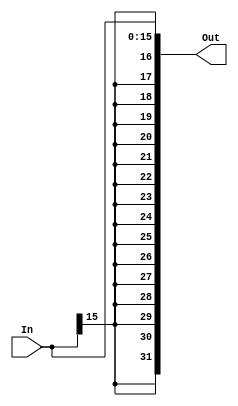
`timescale 1ns / 1ps
//////////////////////////////////////////////////////////////////////////////////
// Company: 
// Engineer: 
// 
// Design Name: 
// Module Name: sign_extend
// Project Name: 
// Target Devices: 
// Tool Versions: 
// Description: 
// 
// Dependencies: 
// 
// Revision:
// Revision 0.01 - File Created
// Additional Comments:
// 
//////////////////////////////////////////////////////////////////////////////////


module sign_extend(
    input [15:0] In,
    output [31:0] Out
    );
    
    wire [15:0] msb = {16{In[15]}}; 
    assign Out = {msb,In[15:0]};
    
endmodule